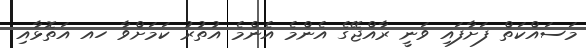
މަސައްކަތް ފަށާފައި ވަނީ ރާއްޖޭގެ އެންމެ އެންމެ އުތުރު ކަމަށްވާ ހއ އަތޮޅާއި